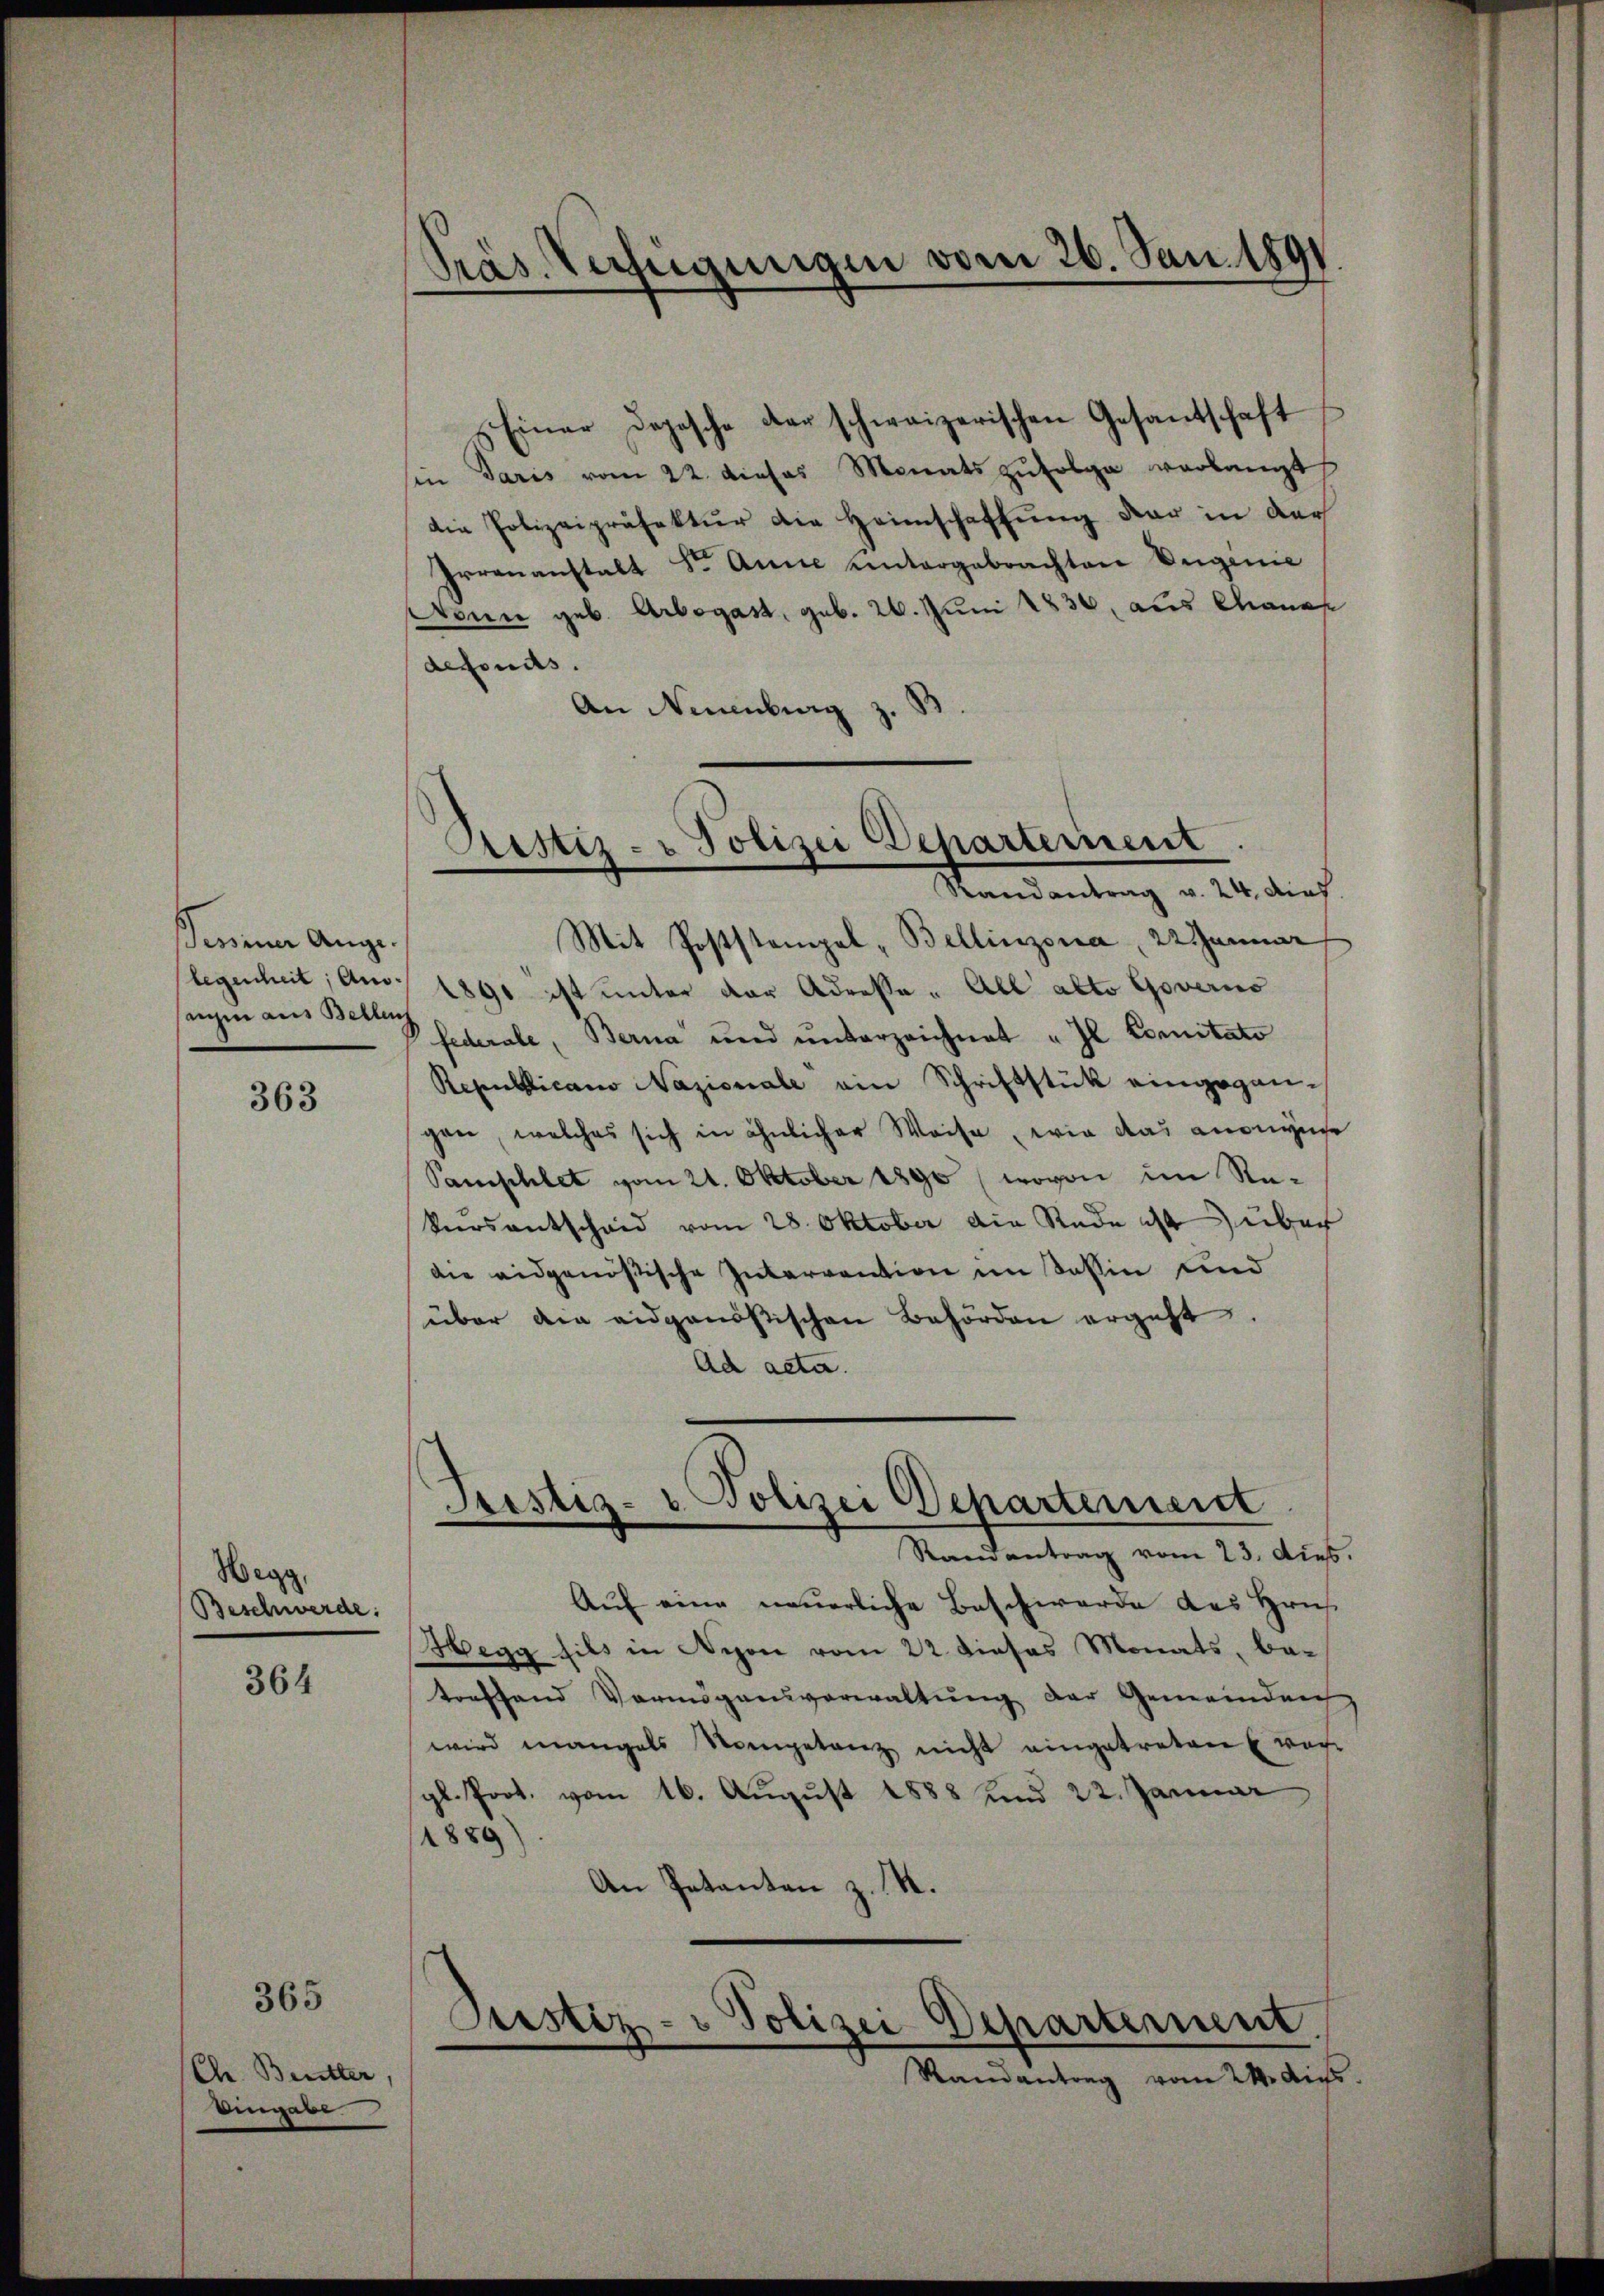
Beminer Ange-
sagen aus Belleich

363

Wegg,
Beschwerde:

364

365

Ch. Butter,
Eingabe

Präs. Verfügungen vom 26. Jan. 1891

Einer Depesche der schweizerischen Gesantschaft
sin daris vom 22. dieses Monats zŭfolge verlangt
die Polizeipräsektŭr die Heimschaffŭng der in der
Irrananstalt Sr. Anne untergebrachten Vergenie
Nonn geb. Arbegast, geb. 26. Juni 1836, aus Chanas
defonds.
An Neuenburg

Bestiz- & Polizei Departement
e
Randantrag v. 24. dies

Mit Poststempel- Bellinzona, 22 Januar
legenheit, Am 1890 ist unter der Adresse - All alto Governo
federale, Berna und unterzeichnet "Il Comitato
Republicano Nazionale ein Schriftstück eingegangen, welches sich in ähnlicher Weise, wie das anonyme
Pamphlet vom 21. Oktober 1890 (wovon im Rekursentschaid vom 28. Oktober die Rede ist über
die eidgenößische Interrention im Tessin und
über die eidgenößischen Behörden ergeht.
Ad acta.

Justiz- & Polizei Departement
Randantrag vom 23. dies.

Aŭf eine neuerliche Beschwerde des Hrn.
Hegg fils in Nyon vom 22. dieses Monats, betoeffend Vermögensverwaltung der Gemeinden
wird mangels Vorgetanz nicht eingetreten woch
gl. Prot. vom 16. August 1888 und 22. Januar
1889)
An Petenten z. M.

Justiz- & Polizei Departement.

Randantrag vom 24. Aufs